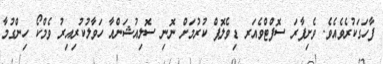
ފާހަގަކުރެވެއެވެ. ވެށިފާރަ ސޮފްޓްވެއަރ ޑިވެލޮޕް ކުރުމަށް ނޮނި ސޮލިއުޝަންއާ ހަވާލުކުރިއިރު ވެމްކޯ ހިންގުމާ